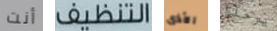
أنت التنظيف الأذى يرحلوا